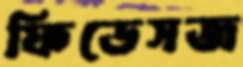
ফিডেসজ